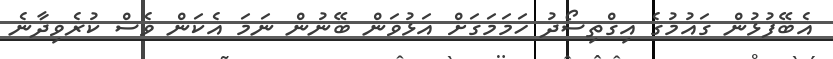
އެބޭފުޅުން ގައުމުގެ އިގްތިސޯދު ހަމަމަގަށް އަޅުވަން ބޭނުން ނަމަ އެކަން ވެސް ކުރެވިދާނެ